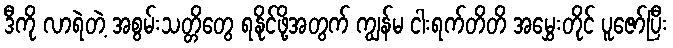
ဒီကို လာရဲတဲ့ အစွမ်းသတ္တိတွေ ရနိုင်ဖို့အတွက် ကျွန်မ ငါးရက်တိတိ အမွှေးတိုင် ပူဇော်ပြီး